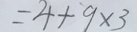
= 4 + 9 \times 3